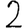
Digit: 2